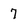
Character: 7